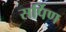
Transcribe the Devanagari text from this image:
सर्पिण